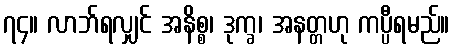
၇၄။ လာဘ်ရလျှင် အနိစ္စ၊ ဒုက္ခ၊ အနတ္တဟု ကပ္ပီရမည်။